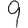
Digit: 9